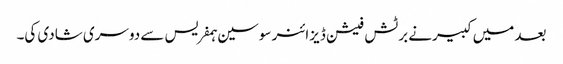
بعد میں کبیرنے برٹش فیشن ڈیزائنر سوسین ہمفریس سے دوسری شادی کی۔